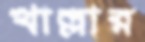
খাল্লার